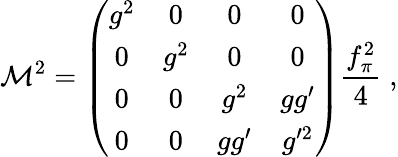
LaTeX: \mathcal{M}^{2}=\left(\begin{array}{cccc}{{g^{2}}}&{{0}}&{{0}}&{{0}}\\ {{0}}&{{g^{2}}}&{{0}}&{{0}}\\ {{0}}&{{0}}&{{g^{2}}}&{{gg^{\prime}}}\\ {{0}}&{{0}}&{{gg^{\prime}}}&{{g^{\prime 2}}}\end{array}\right)\frac{f_{\pi}^{2}}{4}\; ,